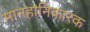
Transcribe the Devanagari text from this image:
मानहानिकारक